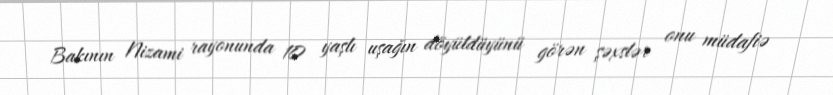
Bakının Nizami rayonunda 10 yaşlı uşağın döyüldüyünü görən şəxslər onu müdafiə